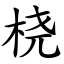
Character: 桡